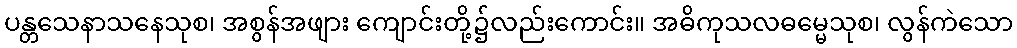
ပန္တသေနာသနေသုစ၊ အစွန်အဖျား ကျောင်းတို့၌လည်းကောင်း။ အဓိကုသလဓမ္မေသုစ၊ လွန်ကဲသော